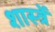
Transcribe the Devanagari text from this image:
शास्त्रें